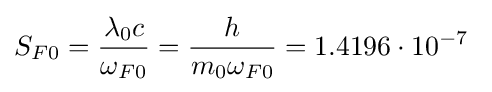
S_{F0}={\frac {\lambda _{0}c}{\omega _{F0}}}={\frac {h}{m_{0}\omega _{F0}}}=1.4196\cdot 10^{-7}\